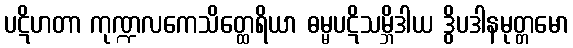
ပဋိဟတာ ကုဏ္ဍလကေသိတ္ထေရိယာ ဓမ္မပဋိသမ္ဘိဒါယ ဒွိပဒါနမုတ္တမော